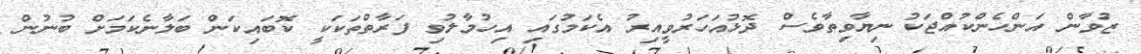
ޒުވާން އަންހެންކުއްޖަކު ނިޔާވިތާވެސް ދޮޅުއަހަރުވީއިރު އެކަމުގައި އިހުމާލުވި ފަރާތްތަކަކީ ކޮބައިކަން ބަލާނެކަމަށް ބުނުން